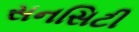
સનસિટી